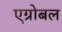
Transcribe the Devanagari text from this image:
एग्रोबल